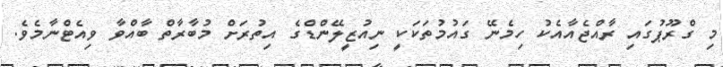
މި ގްރޫޕުގައި ރާއްޖެއާއެކު ހިމެނޭ ގައުމުތަކަކީ ނިއުޒީލޭންޑްގެ އިތުރަށް މުބާރާތް ބާއްވާ ވިއެޓްނާމެވެ.